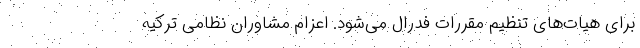
برای هیات‌های تنظیم مقررات فدرال می‌شود. اعزام مشاوران نظامی ترکیه